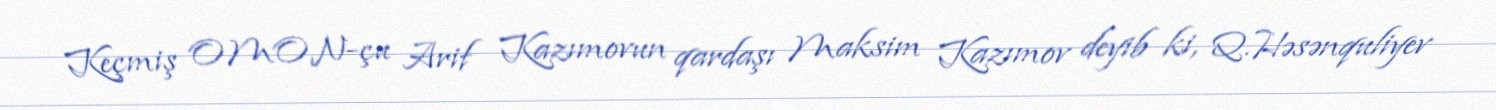
Keçmiş OMON-çu Arif Kazımovun qardaşı Maksim Kazımov deyib ki, Q.Həsənquliyev